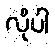
လိုပါ